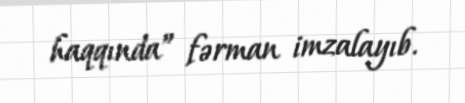
haqqında” fərman imzalayıb.